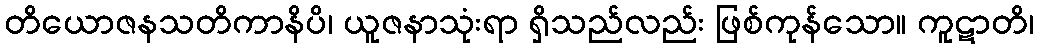
တိယောဇနသတိကာနိပိ၊ ယူဇနာသုံးရာ ရှိသည်လည်း ဖြစ်ကုန်သော။ ကူဋာတိ၊